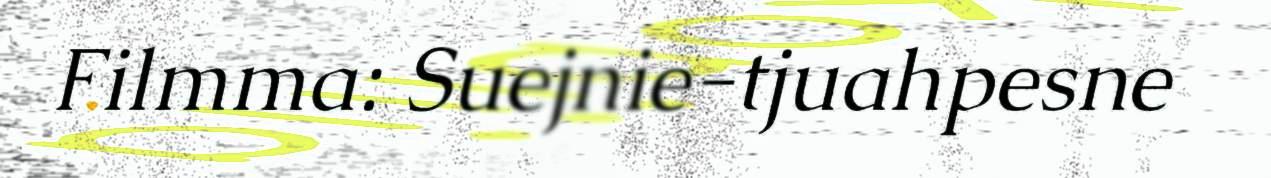
Filmma: Suejnie-tjuahpesne